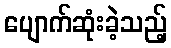
ပျောက်ဆုံးခဲ့သည့်